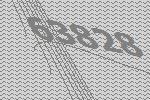
63828